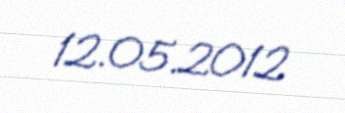
12.05.2012